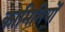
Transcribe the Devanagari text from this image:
कामिनियों